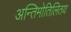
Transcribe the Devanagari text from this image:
अन्तिमोतिलितय